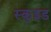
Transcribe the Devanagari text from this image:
स्कुइड